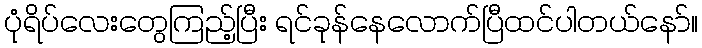
ပုံရိပ်လေးတွေကြည့်ပြီး ရင်ခုန်နေလောက်ပြီထင်ပါတယ်နော်။